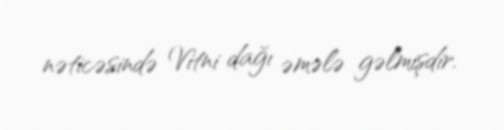
nəticəsində Vitni dağı əmələ gəlmişdir.